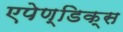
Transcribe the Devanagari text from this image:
एपेण्डिक्स